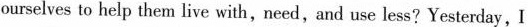
ourselves to help them live with, need,and use less? Yesterday, I